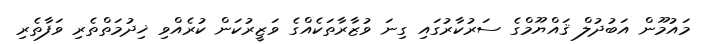
މައުމޫން އަބުދުލް ޤައްޔޫމްގެ ސަރުކާރުގައި ގިނަ ވުޒާރާތަކެއްގެ ވަޒީރުކަން ކުރެއްވި ޚިދުމަތްތެރި ވަފާތެރި